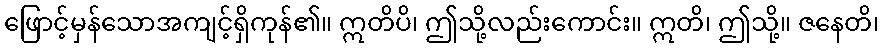
ဖြောင့်မှန်သောအကျင့်ရှိကုန်၏။ ဣတိပိ၊ ဤသို့လည်းကောင်း။ ဣတိ၊ ဤသို့။ ဇနေတိ၊